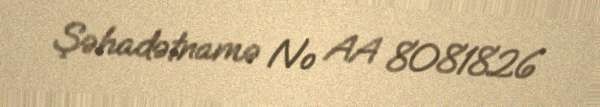
Şəhadətnamə № AA 8081826